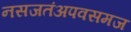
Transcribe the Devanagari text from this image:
नसजतंअपवसमज